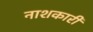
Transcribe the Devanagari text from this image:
नाशकारी